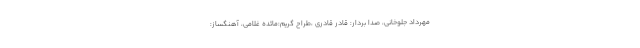
مهرداد جلوخانی، صدا بردار: قادر قادری ،طراح گریم:مائده غلامی، آهنگساز: